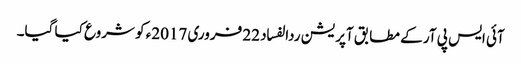
آئی ایس پی آر کے مطابق آپریشن ردالفساد 22 فروری 2017ء کو شروع کیا گیا۔